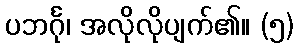
ပဘင်္ဂု၊ အလိုလိုပျက်၏။ (၅)